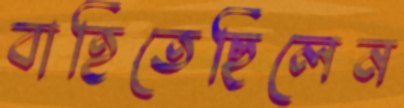
বাহিতেছিলেন